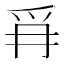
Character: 𭶪